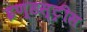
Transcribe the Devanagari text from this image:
इण्डस्ट्रीस